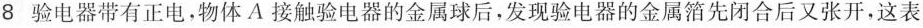
8 验电器带有正电，物体A接触验电器的金属球后，发现验电器的金属箔先闭合后又张开，这表